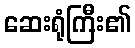
ဆေးရုံကြီး၏